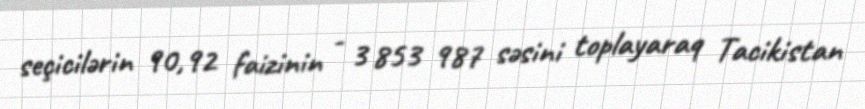
seçicilərin 90,92 faizinin - 3 853 987 səsini toplayaraq Tacikistan